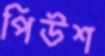
পিউশ